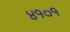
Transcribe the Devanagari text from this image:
४१०१